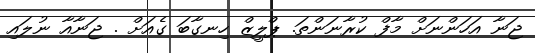
ޖަނާ އަހަންނަށް މާފް ކުރާނަންތަ. ޕްލީޒް ހިނގާބަ ގެއަށް . ޖަނާއާ ނުލައި